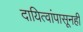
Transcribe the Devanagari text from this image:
दायित्वांपासूनही